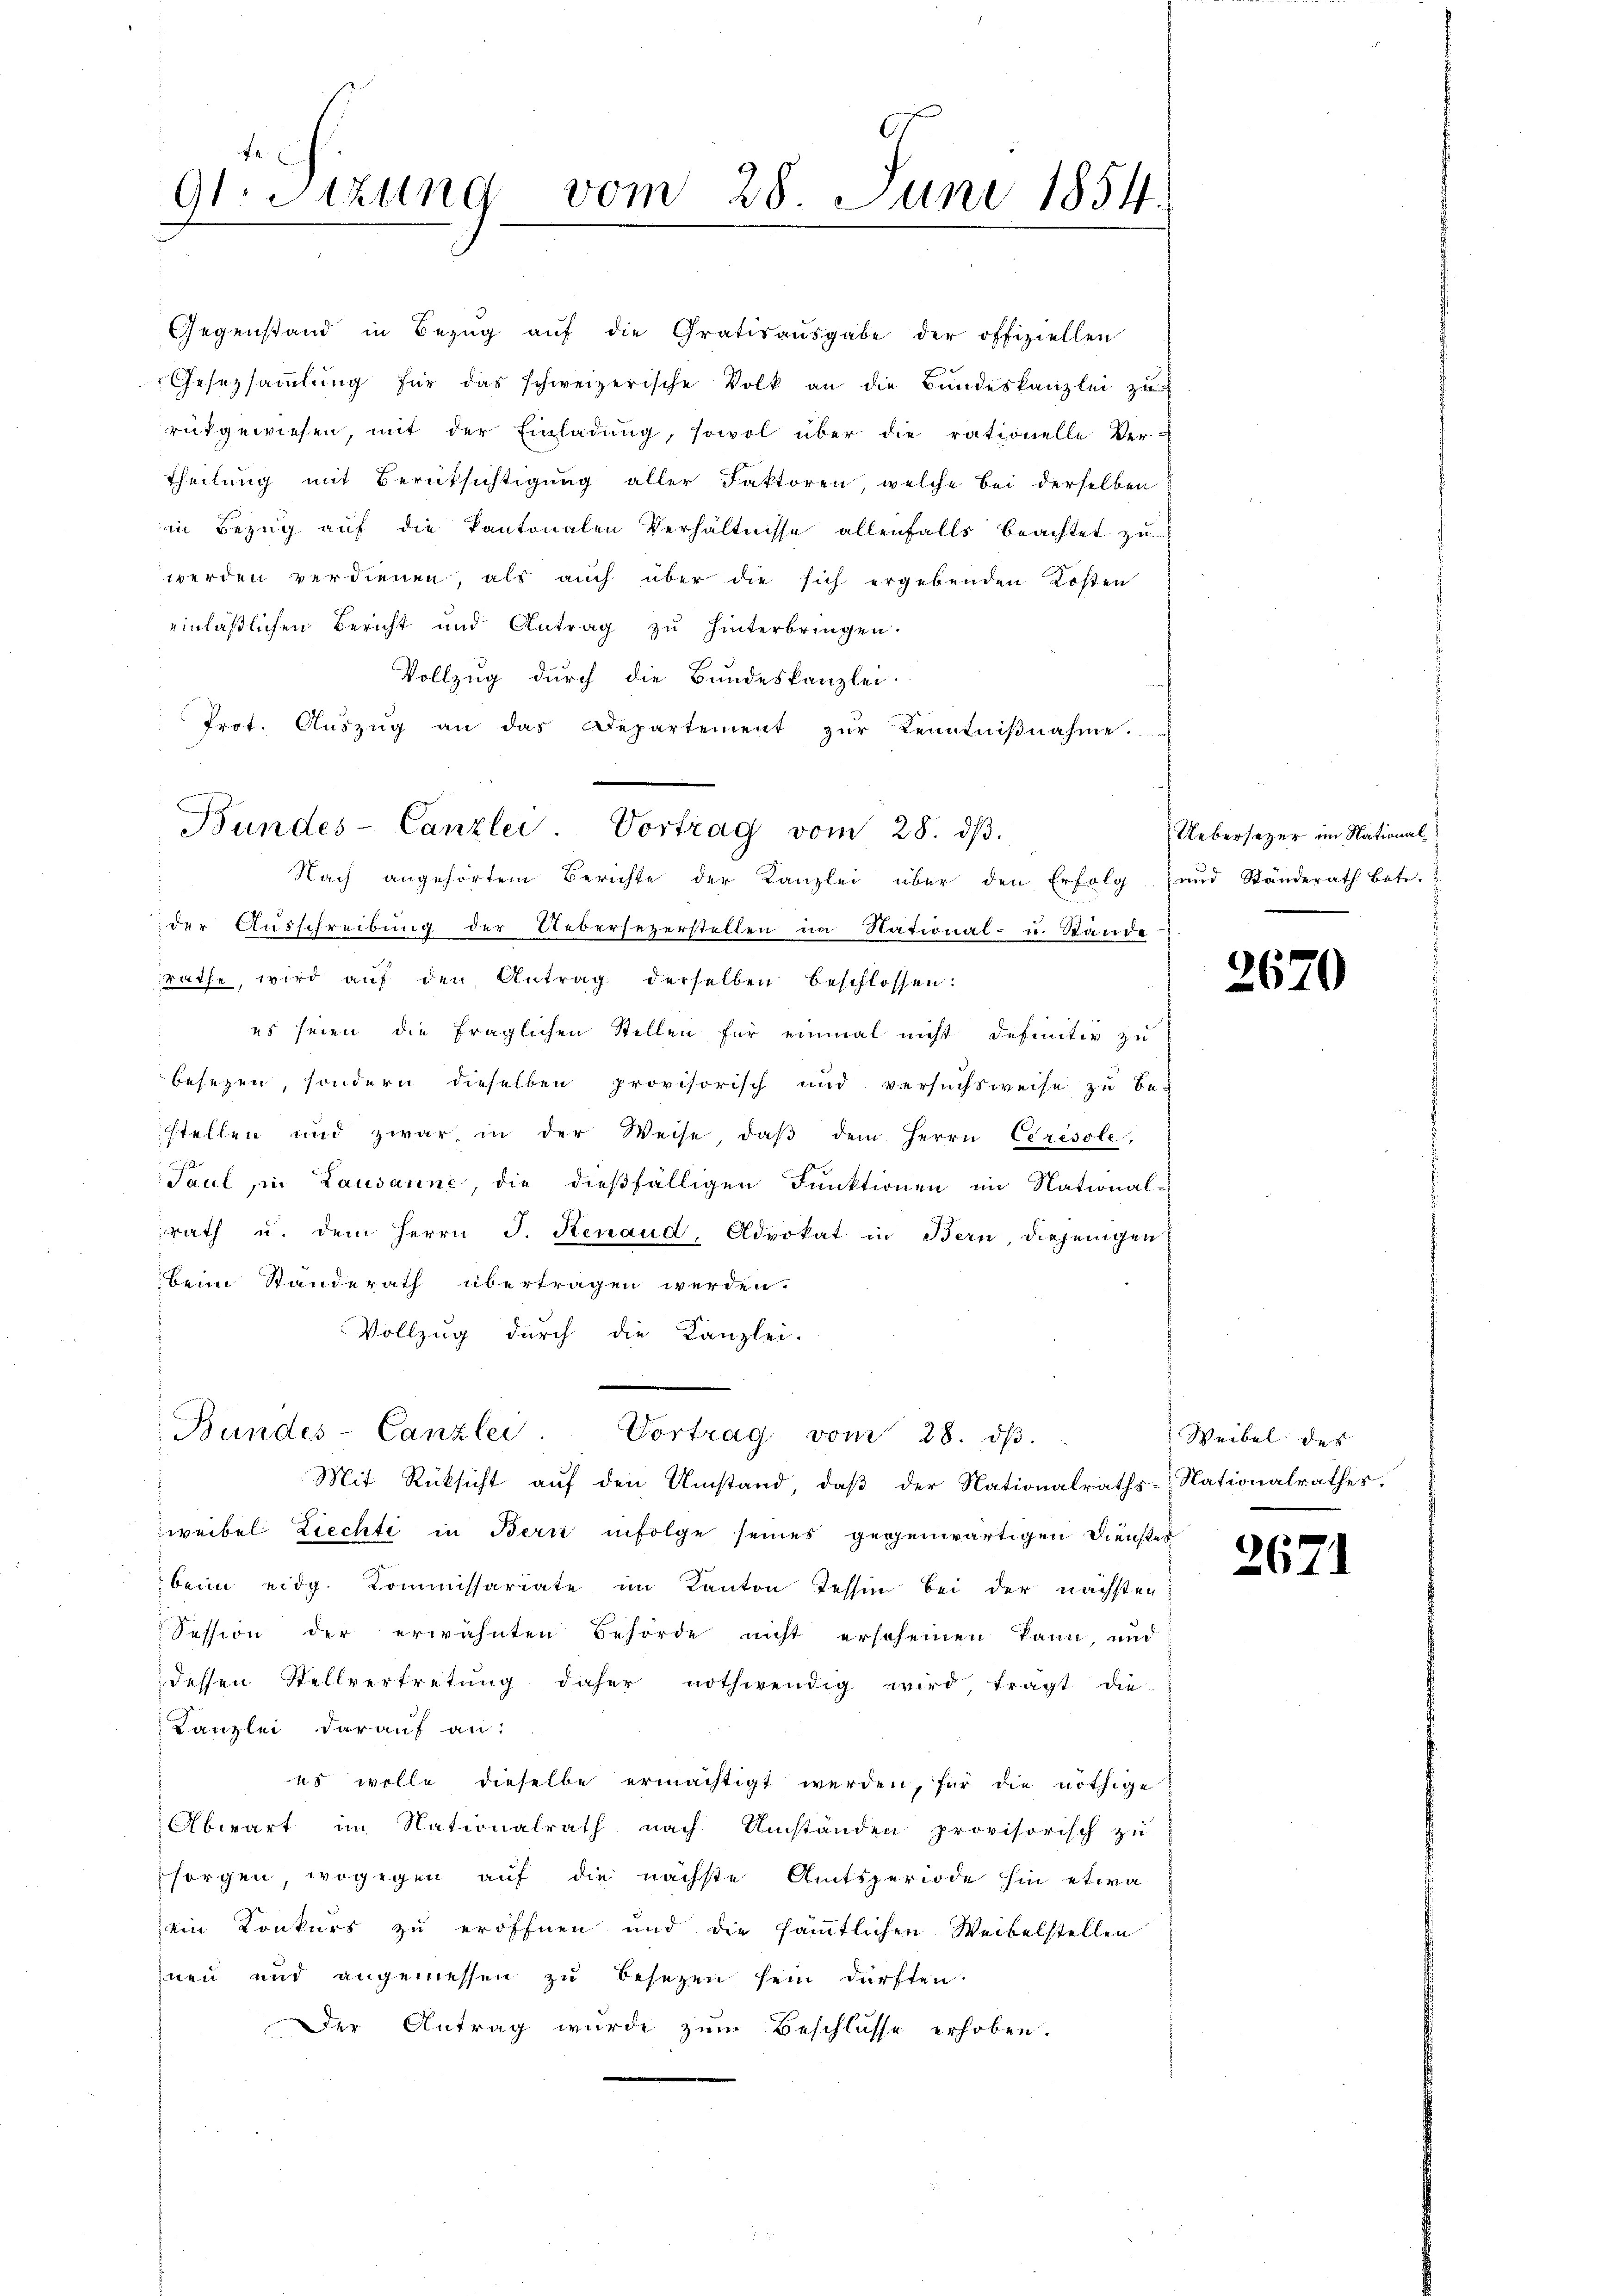
G. Sitzung vom 28 Juni 1854.

Gegenstand in Bezŭg aŭf die Gratis aŭsgabe der offiziellen
Gesetzsaṁlŭng für das schweizerische Volk an die Bundeskanzlei zu
rükgewiesen, mit der Einladung, sowol über die rationelle Ver-
Theilung mit Berüksichtigung aller Faktoren, welche bei derselben
in Bezug auf die Kantonalen Verhältnisse allenfalls beachtet zu
werden verdienen, als auch über die sich ergebenden Kosten
einläßlichen Bericht und Antrag zu hinterbringen.
Vollzug durch die Bundeskanzlei.
Prot. Aŭszŭg an das Departement zŭr Kenntniβnahme.
Nach angehörtem Berichte der Kanzlei über den Erfolg und Ständerath betr.
der Ausschreibung der Uebersezerstellen im National- u. Stände
Rathe, wird auf den Antrag derselben beschlossen:
es seien die fraglichen Stellen für einmal nicht definitiv zu
besezen, sondern dieselben provisorisch und versuchsweise zu be-
stellen und zwar in der Weise daβ dem Herrn Ceresole,
Paul, in Lausanne, die dießfälligen Funktionen im National-
rath u. dem Herrn J. Renaud, Advokat in Bern, diejenigen
beim Standerath übertragen werden.
Vollzug durch die Kanzlei-
n
Bundes-Canzlei. Vortrag vom 28. dβ.
Mit Rücksicht auf den Umstand, daß der Nationalraths- Nationalrathes.
weibel Liechte in Bern infolge seines gegenwärtigen Dienstes
beim eidg. Kommissariate im Kanton Tessin bei der nächsten
Fession der erwähnten Behörde nicht erscheinen kann, und
dessen Stellvertretung daher nothwendig wird, tragt die
Kanzlei darauf an:
us wolle dieselbe ermächtigt werden, für die nöthige
Abwart in Nationalrath nach Umständen provisorisch zu
sorgen, wogegen auf die nächste Amtsperiode hin etwa
ein Konkurs zu eröffnen und die sämmtlichen Weibelstellen
nen und angemessen zu besetzen sein dürften.
Der Antrag wurde zum Beschlüsse erhoben.

Bundes-Canzlei Vortrag vom 28. dβ.

Uebersetzer im National

2670

Weibel des

2671